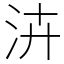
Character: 泋